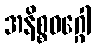
အနိစ္စဝဂ္ဂေါ